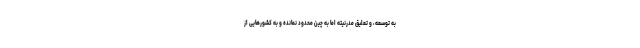
به توسعه، و تعلیق مدرنیته اما به چین محدود نمانده و به‌ کشورهایی از